Vaccination in the Punjab 1919-1929 - 1919-1929
Year: 1919
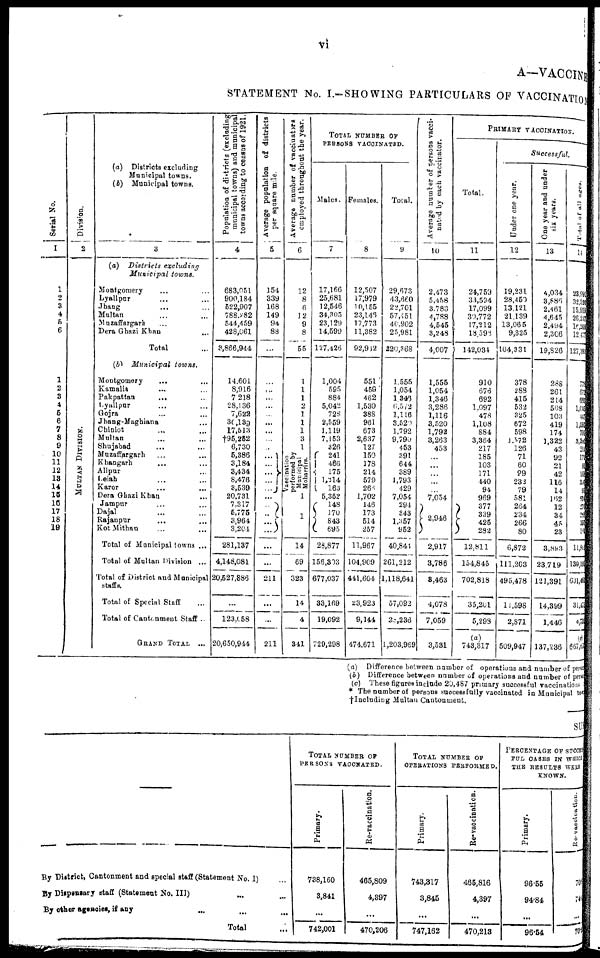
vi
A—VACCINE
STATEMENT No. I.—SHOWING PARTICULARS OF VACCINATION
Serial No.
1
1
2
3
4
5
6
1
2
3
4
5
6
7
8
9
10
11
12
13
14
15
16
17
18
19
Division.
2
MULTAN DIVISION.
(a) Districts excluding
Municipal towns.
(b) Municipal towns.
3
(a) Districts excluding
Municipal towns.
Montgomery ... ...
Lyallpur
...
...
Jhang
... ...
Multan ... ...
Muzaffargarh ... ...
Dera Ghazi Khan ...
Total ...
(b) Municipal
towns.
Montgomery
... ...
Kamalia ... ...
Pakpattan
... ...
Lyallpur ... ...
Gojra ... ...
Jhang-Maghiana ...
Chiniot
... ...
Multan ... ...
Shujabad ... ...
Muzaffargarh ... ...
Khangarh
... ...
Alipur ...
Deiah ... ...
Karor ... ...
Dera Ghazi Khan ...
Jampur ... ...
Dajal ... ...
Rajanpur ... ...
Kot Mithan ... ...
Total of Municipal towns ...
Total of Multan Division ...
Total of District and Municipal
staffs.
Total of Special Staff ...
Total of Cantonment Staff ...
GRAND TOTAL ...
Population of districts (excluding
municipal towns) and municipal
towns according to census of 1921.
4
683,051
900,184
522,907
788,282
544,459
428,061
3,866,944
14,601
8,916
7,218
28,136
7,622
30,139
17,513
†95,252
6,730
5,386
3,184
3,434
8,476
3,539
20,731
7,317
5,775
3,964
3,204
281,137
4,148,081
20,527,886
...
123,058
20,650,944
Average population of districts
per square mile.
5
154
339
168
149
94
88
...
...
...
...
...
...
...
...
...
...
...
...
...
...
...
...
...
...
...
...
...
...
211
...
...
211
Average number of vaccinators
employed throughout the year.
6
12
8
6
12
9
8
55
1
1
1
2
1
1
1
3
1
Vaccination
performed by
Municipal
Moharrirs.
1
1
14
69
323
14
4
341
TOTAL NUMBER OF
PERSONS VACCINATED.
Males.
7
17,166
25,681
12,546
34,305
23,129
14,599
127,426
1,004
595
884
5,042
728
2,559
1,119
7,153
326
241
466
175
1,214
163
5,352
148
170
843
695
28,877
156,303
677,037
33,169
19,092
729,298
Females.
8
12,507
17,979
10,155
23,146
17,773
11,382
92,942
551
459
482
1,530
388
961
673
2,637
127
150
178
214
579
266
1,702
146
173
514
257
11,967
104,909
441,604
23,923
9,144
474,671
Total.
9
29,673
43,660
22,701
57,451
40,902
25,981
220,368
1,555
1,054
1,346
6,572
1,116
3,520
1,792
9,790
453
391
644
389
1,793
429
7,054
294
343
1,357
952
40,844
261,212
1,118,641
57,092
28,236
1,203,969
Average number of persons vacci-
nated by each vaccinator.
10
2,473
5,458
3,783
4,788
4,545
3,248
4,007
1,555
1,054
1,346
3,286
1,116
3,520
1,792
3,263
453
...
...
...
...
...
7,054
2,946
2,917
3,786
3,463
4,078
7,059
3,531
PRIMARY VACCINATION.
Total.
11
24,759
33,594
17,099
30,772
17,212
18,398
142,034
910
676
692
1,097
478
1,108
884
3,364
217
185
103
171
440
94
969
377
339
425
282
12,811
154,845
702,818
35,201
5,298
(a)
743,317
Successful.
Under
one year.
12
19,231
28,450
13,121
21,139
13,065
9,325
104,331
378
288
415
532
325
672
598
1,572
126
71
60
99
232
79
581
264
234
266
80
6,872
111,203
495,478
11,598
2,871
509,947
One year and under
six years.
13
4,034
3,886
2,461
4,645
2,494
2,306
19,826
288
261
214
508
103
419
174
1,322
43
92
21
42
116
14
162
12
34
45
23
3,893
23,719
121,391
14,399
1,446
137,236
Total
of all ages.
14
23,991
32,530
15,959
26,237
16, 209
12,477
127,393
778
672
633
1,045
441
1,092
799
3,209 214
172
8
168
397
93
834
270
288
397
160
11,802
139,195
631,463
31,475
4,738
(c)
667,670
(a) Difference between number of operations and number of persons
(b) Difference between number of operations and number of persons
(c) These figures include 20,487 primary successful vaccinations
* The number of persons successfully vaccinated in Municipal town
† Including Multan Cantonment.
S UM
By District, Cantonment and special staff (Statement No. I) ...
By Dispensary staff (Statement No. III) ... ...
By other agencies, if any ... ...
Total ...
TOTAL NUMBER OF
PERSONS VACCINATED.
Primary.
738,160
3,841
...
742,001
Re-vaccination.
465,809
4,397
...
470,206
TOTAL NUMBER OF
OPERATIONS PERFORMED.
Primary.
743,317
3,845
...
747,162
Re-vaccination.
465,816
4,397
...
470,213
PERCENTAGE OF SUCCESS-
FUL CASES IN WHICH
THE RESULTS WERE
KNOWN.
Primary.
96.55
94.84
...
96.54
Re-vaccination.
70.9
74.4
...
70.9